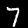
Label: 7